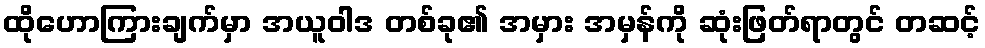
ထိုဟောကြားချက်မှာ အယူဝါဒ တစ်ခု၏ အမှား အမှန်ကို ဆုံးဖြတ်ရာတွင် တဆင့်